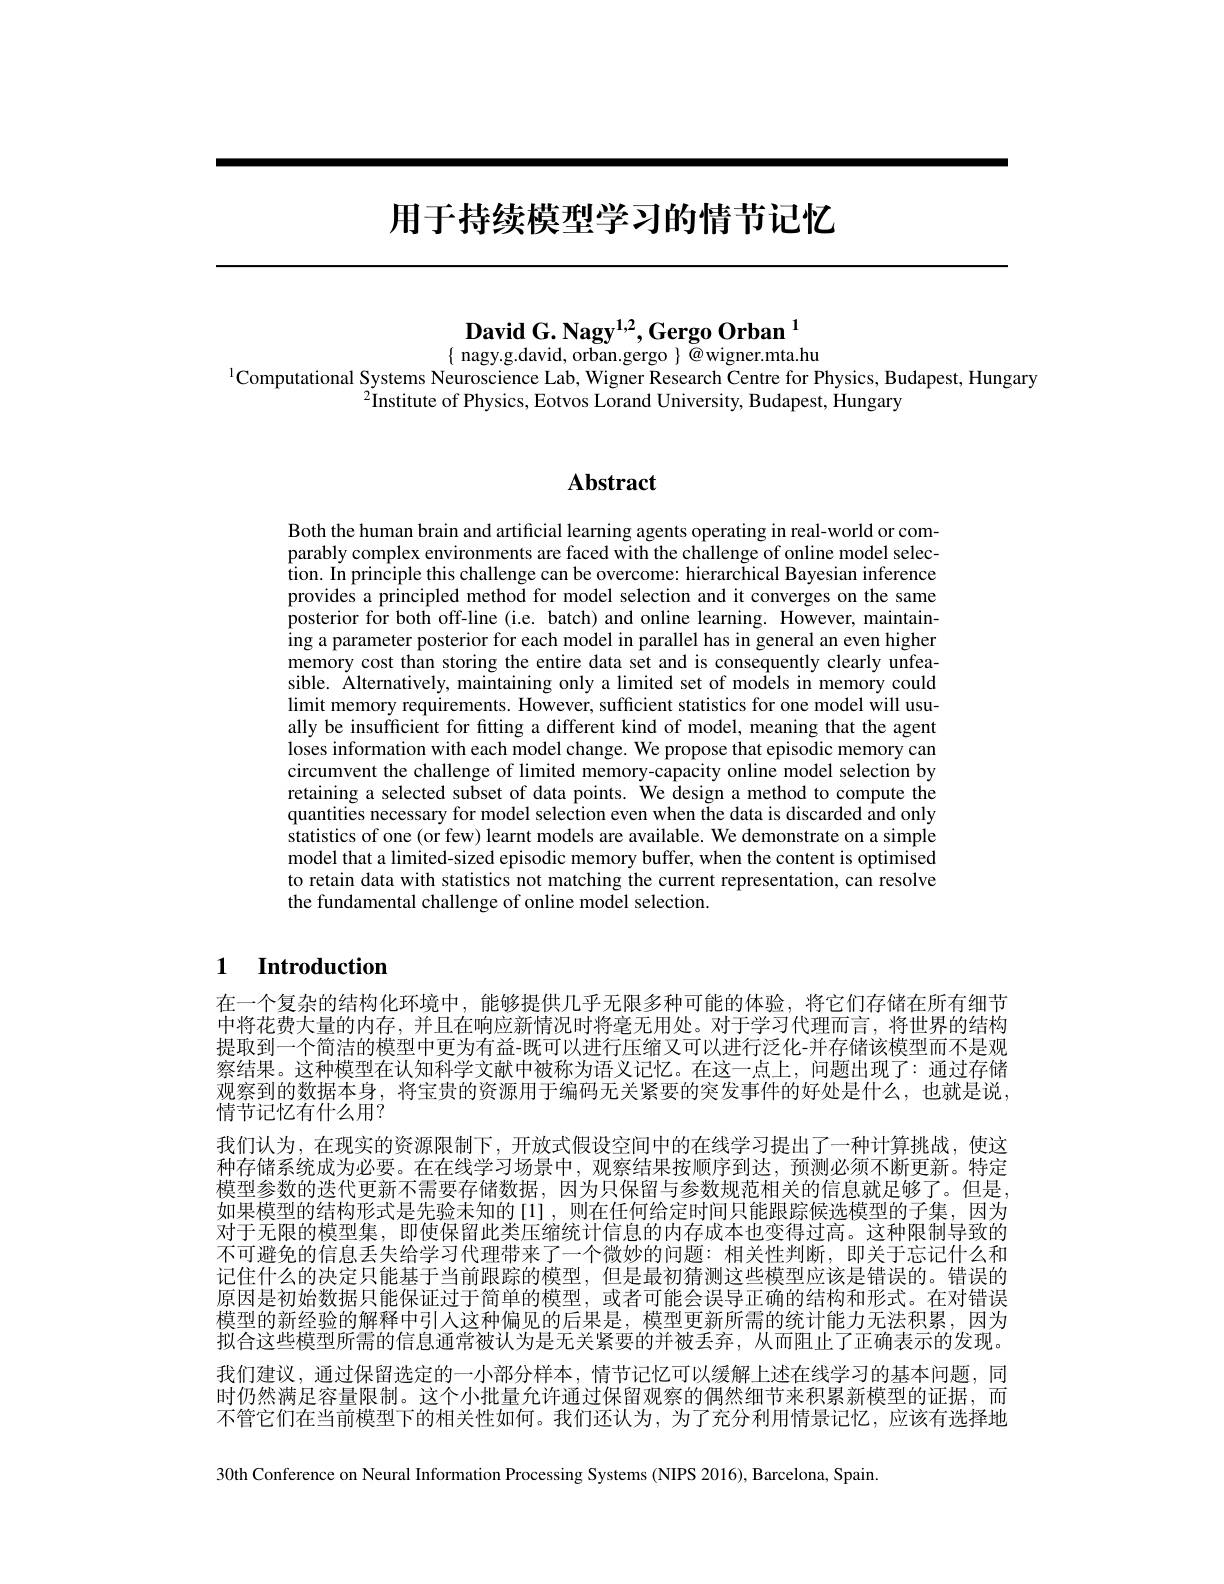
# 用于持续模型学习的情节记忆

David G. Nagy$^{1,2}$,Gergo Orban$^{1}$
$\{$ nagy.g.david, orban.gergo $\}$ @wigner.mta.hu

$^{1}$Computational Systems Neuroscience Lab, Wigner Research Centre for Physics, Budapest, Hungary
$^{2}$Institute of Physics, Eotvos Lorand University, Budapest, Hungary

# Abstract

Both the human brain and artificial learning agents operating in real-world or comparably complex environments are faced with the challenge of online model selection. In principle this challenge can be overcome: hierarchical Bayesian inference provides a principled method for model selection and it converges on the same posterior for both off-line (i.e. batch) and online learning. However, maintaining a parameter posterior for each model in parallel has in general an even higher memory cost than storing the entire data set and is consequently clearly unfeasible. Alternatively, maintaining only a limited set of models in memory could limit memory requirements. However, sufficient statistics for one model will usually be insufficient for fitting a different kind of model, meaning that the agent loses information with each model change. We propose that episodic memory can circumvent the challenge of limited memory-capacity online model selection by retaining a selected subset of data points. We design a method to compute the quantities necessary for model selection even when the data is discarded and only statistics of one (or few) learnt models are available. We demonstrate on a simple model that a limited-sized episodic memory buffer, when the content is optimised to retain data with statistics not matching the current representation, can resolve the fundamental challenge of online model selection.

# 1 Introduction

在一个复杂的结构化环境中，能够提供几乎无限多种可能的体验，将它们存储在所有细节中将花费大量的内存，并且在响应新情况时将毫无用处。对于学习代理而言，将世界的结构提取到一个简洁的模型中更为有益-既可以进行压缩又可以进行泛化-并存储该模型而不是观察结果。这种模型在认知科学文献中被称为语义记忆。在这一点上，问题出现了：通过存储观察到的数据本身，将宝贵的资源用于编码无关紧要的突发事件的好处是什么，也就是说， 情节记忆有什么用？
我们认为，在现实的资源限制下，开放式假设空间中的在线学习提出了一种计算挑战，使这种存储系统成为必要。在在线学习场景中，观察结果按顺序到达，预测必须不断更新。特定模型参数的迭代更新不需要存储数据，因为只保留与参数规范相关的信息就足够了。但是， 如果模型的结构形式是先验未知的[1],则在任何给定时间只能跟踪候选模型的子集，因为对于无限的模型集，即使保留此类压缩统计信息的内存成本也变得过高。这种限制导致的不可避免的信息丢失给学习代理带来了一个微妙的问题：相关性判断，即关于忘记什么和记住什么的决定只能基于当前跟踪的模型，但是最初猜测这些模型应该是错误的。错误的原因是初始数据只能保证过于简单的模型，或者可能会误导正确的结构和形式。在对错误模型的新经验的解释中引入这种偏见的后果是，模型更新所需的统计能力无法积累，因为拟合这些模型所需的信息通常被认为是无关紧要的并被丢弃，从而阻止了正确表示的发现。我们建议，通过保留选定的一小部分样本，情节记忆可以缓解上述在线学习的基本问题，同时仍然满足容量限制。这个小批量允许通过保留观察的偶然细节来积累新模型的证据，而不管它们在当前模型下的相关性如何。我们还认为，为了充分利用情景记忆，应该有选择地30th Conference on Neural Information Processing Systems (NIPS 2016), Barcelona, Spain.